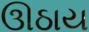
ઊઠાય